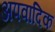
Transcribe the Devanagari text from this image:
अपवादिक